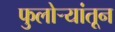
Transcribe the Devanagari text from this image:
फुलोर्‍यांतून